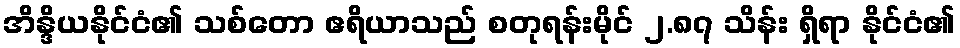
အိန္ဒိယနိုင်ငံ၏ သစ်တော ဧရိယာသည် စတုရန်းမိုင် ၂.၈၇ သိန်း ရှိရာ နိုင်ငံ၏